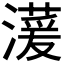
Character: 𪷠